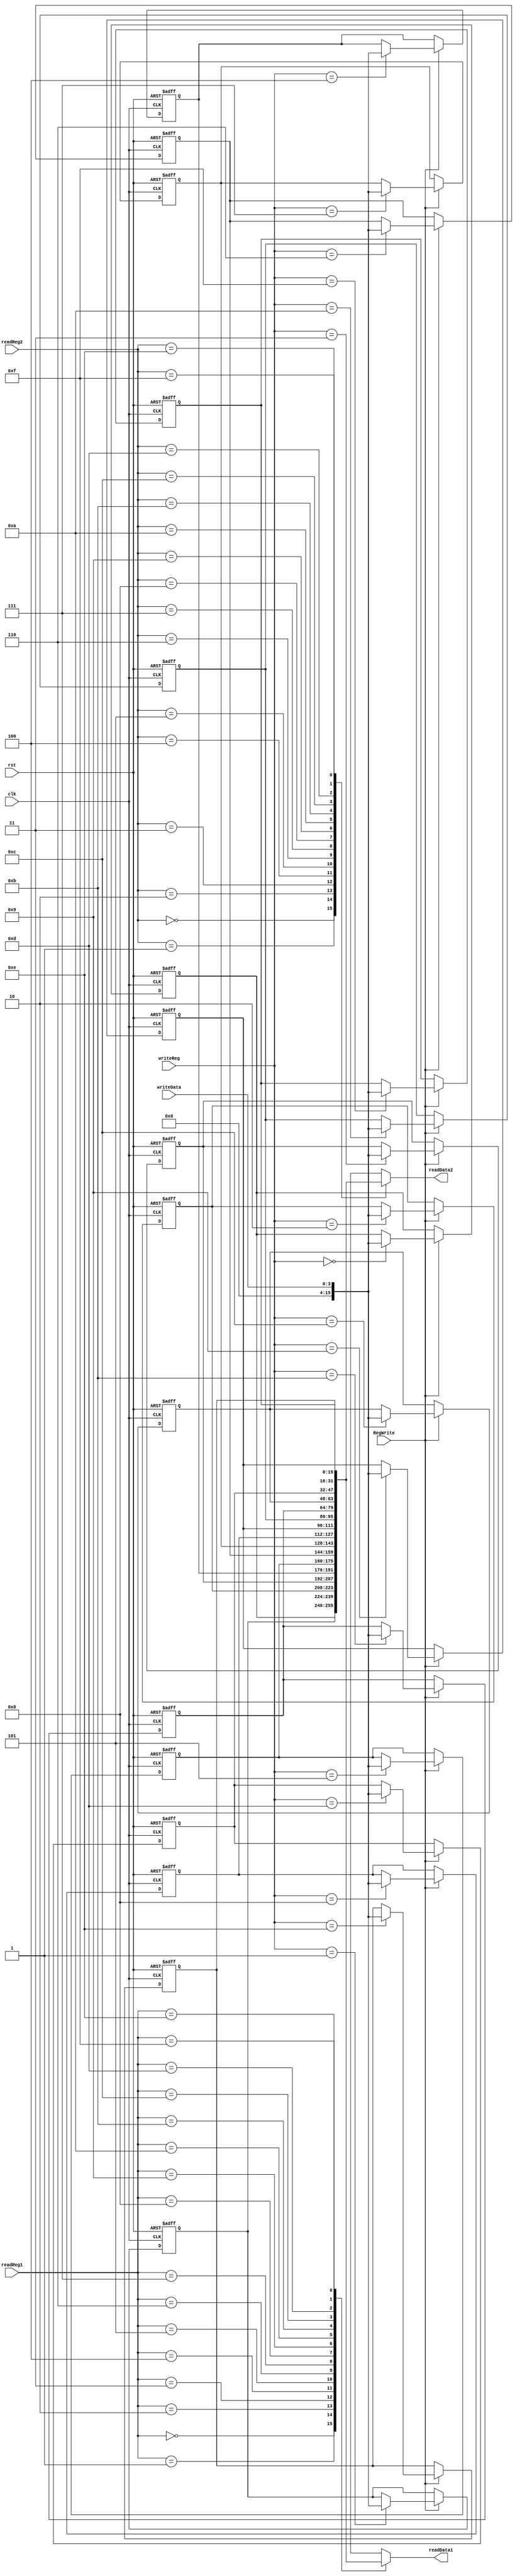
`timescale 1ns / 1ns

module registerFile(clk, rst, readReg1, readReg2, writeReg, readData1, readData2, writeData, RegWrite);

input clk, rst;
input [3:0] readReg1, readReg2, writeReg;
input [3:0] writeData; 
input RegWrite;

output reg [15:0] readData1, readData2;
reg [15:0] registerfile[0:15];

always @(*) 
begin
	readData1 = registerfile[readReg1];
	readData2 = registerfile[readReg2];
end

always @(posedge clk or negedge rst) 
begin
	if (!rst)
	begin
		registerfile[0] <= 16'b0000_0000_0000_0000; 
		registerfile[1] <= 16'b0000_1111_0000_0000;	
		registerfile[2] <= 16'b0000_0000_0101_0000;
		registerfile[3] <= 16'b1111_1111_0000_1111;
		registerfile[4] <= 16'b1111_0000_1111_1111;
		registerfile[5] <= 16'b0000_0000_0100_0000;
		registerfile[6] <= 16'b0000_0000_0010_0100;
		registerfile[7] <= 16'b0000_0000_1111_1111;
		registerfile[8] <= 16'b1010_1010_1010_1010;
		registerfile[9] <= 16'b0000_0000_0000_0000;
		registerfile[10] <= 16'b0000_0000_0000_0000;
		registerfile[11] <= 16'b0000_0000_0000_0000;
		registerfile[12] <= 16'b1111_1111_1111_1111;
		registerfile[13] <= 16'b0000_0000_0000_0010;
		registerfile[14] <= 16'b0000_0000_0000_0000;
		registerfile[15] <= 16'b0000_0000_0000_0000;						
	end
	else if (RegWrite)
	begin
		registerfile[writeReg] <= writeData;
	end
end
endmodule